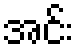
အင်း